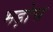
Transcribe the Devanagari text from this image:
भड़ोच